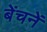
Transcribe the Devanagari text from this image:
बेंचनें